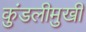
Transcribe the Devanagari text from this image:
कुंडलीमुखी